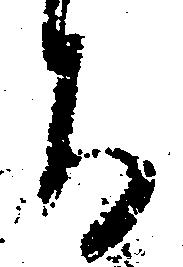
ち